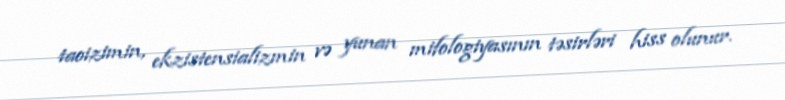
taoizimin, ekzistensializmin və yunan mifologiyasının təsirləri hiss olunur.